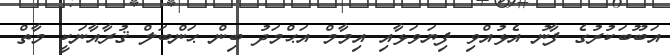
އަބޫބަކުރުގެ ފާނު އެޅުއްވި ފިޔަވަޅާއި އިމާމް އަޙްމަދު ބިން ޙަންބަލް ޤުރާއާނަކީ މާތް